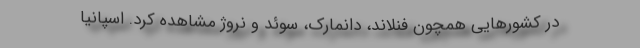
در کشورهایی همچون فنلاند، دانمارک، سوئد و نروژ مشاهده کرد. اسپانیا